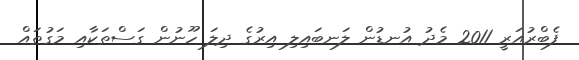
ފެބްރުއަރީ 2011 މެދު އުނޑުން ލަނބައިލި އިރުގެ ދިލަ ހޫނުން ގަސްތަކާއި މަގުތައް